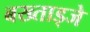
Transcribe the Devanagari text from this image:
बख्ताड्जे